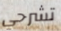
تشرحي